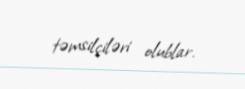
təmsilçiləri olublar.